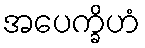
အပေက္ခိဟံ